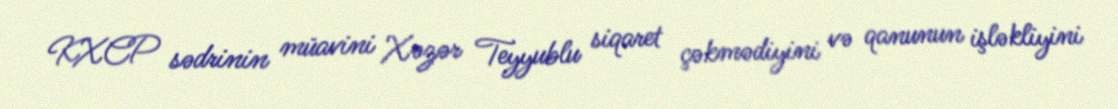
KXCP sədrinin müavini Xəzər Teyyublu siqaret çəkmədiyini və qanunun işləkliyini